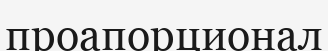
проапорционал